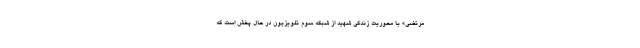
مرتضی» با محوریت زندگی شهید از شبکه سوم تلویزیون در حال پخش است که